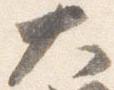
大